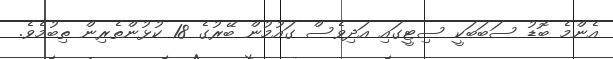
އެންމެ ބޮޑު ސަބަބަކީ ސިޓީގައި އަދިވެސް ގައުމުން ބޭރުގެ 18 ކުޅުންތެރިން ތިބުމެވެ.